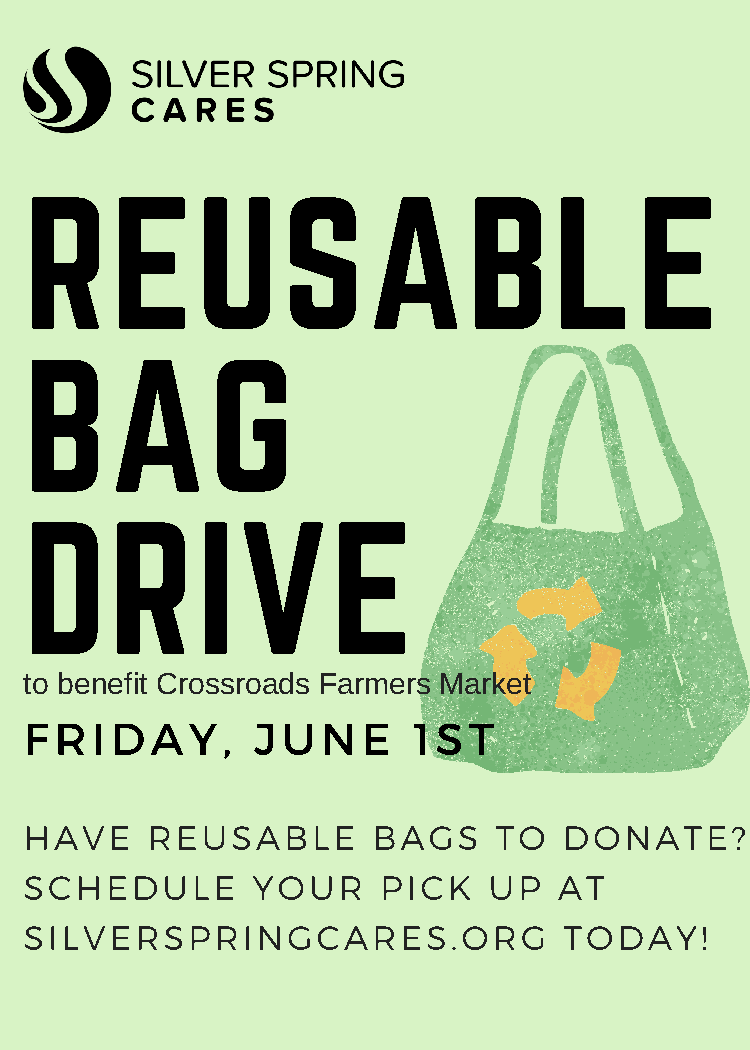
REUSABLE
 BAG
 DRIVE
 to benefit Crossroads Farmers Market
 FRIDAY,        JUNE      1ST
 HAVE    REUSABLE       BAGS    TO  DONATE?
 SCHEDULE       YOUR    PICK   UP   AT
 SILVERSPRINGCARES.ORG              TODAY!